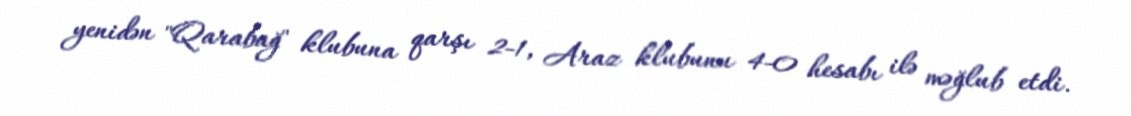
yenidən "Qarabağ" klubuna qarşı 2-1, Araz klubunu 4-0 hesabı ilə məğlub etdi.